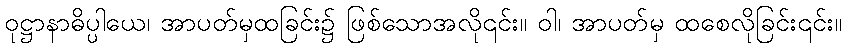
ဝုဋ္ဌာနာဓိပ္ပါယေ၊ အာပတ်မှထခြင်း၌ ဖြစ်သောအလို၎င်း။ ဝါ၊ အာပတ်မှ ထစေလိုခြင်း၎င်း။